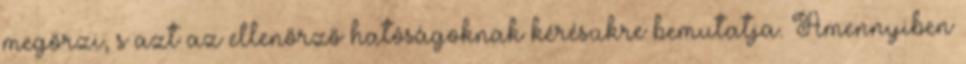
megőrzi, s azt az ellenőrző hatóságoknak kérésükre bemutatja. Amennyiben